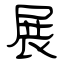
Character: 展